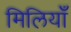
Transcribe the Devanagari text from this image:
मिलियाँ